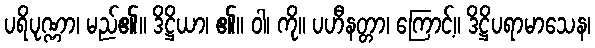
ပရိပုဏ္ဏာ၊ မည်၏။ ဒိဋ္ဌိယာ၊ ၏။ ဝါ၊ ကို။ ပဟီနတ္တာ၊ ကြောင့်။ ဒိဋ္ဌိပရာမာသေန၊